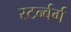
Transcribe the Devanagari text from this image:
स्टर्न्बर्ग